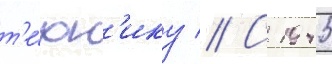
т'е́хн'ику // С 1945